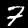
Label: 7